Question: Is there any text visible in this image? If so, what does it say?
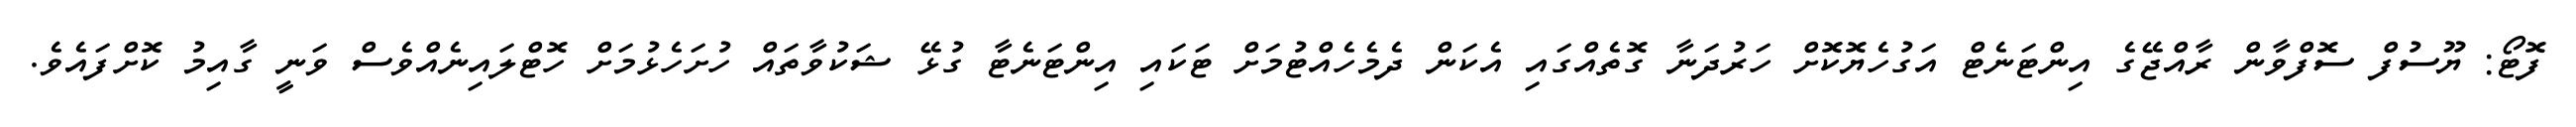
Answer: ފޮޓޯ: ޔޫސުފް ސޮފްވާން ރާއްޖޭގެ އިންޓަނެޓް އަގުހެޔޮކޮށް ހަރުދަނާ ގޮތެއްގައި އެކަން ދެމެހެއްޓުމަށް ޓަކައި އިންޓަނެޓާ ގުޅޭ ޝަކުވާތައް ހުށަހެޅުމަށް ހޮޓްލައިނެއްވެސް ވަނީ ގާއިމު ކޮށްފައެވެ.